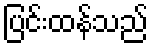
ပြင်းထန်သည်